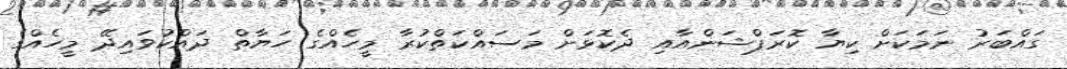
ގައްބަރު ނަމަކަށް ކިޔާ ކޮރަޕްޝަންއާއި ދެކޮޅަށް މަސައްކަތްކުރާ މީހެއްގެ ހަޔާތް ދައްކުވައިދޭ މީހެއްގެ